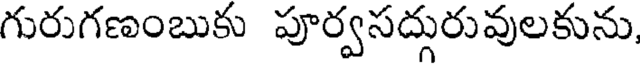
గురుగణంబుకు పూర్వసద్గురువులకును,